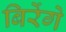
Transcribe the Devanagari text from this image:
बिरेंगे